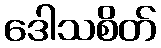
ဒေါသစိတ်